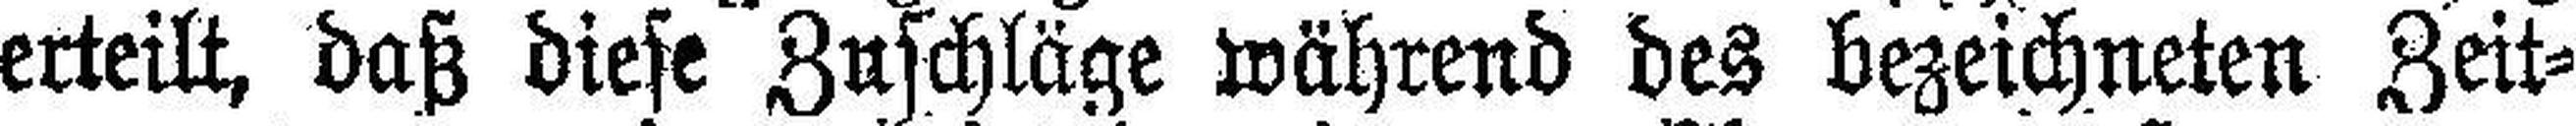
erteilt, daß diese Zuschläge während des bezeichneten Zeit¬